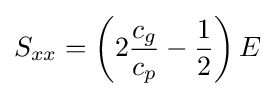
S_{xx}=\left(2{\frac {c_{g}}{c_{p}}}-{\frac {1}{2}}\right)E